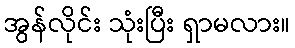
အွန်လိုင်း သုံးပြီး ရှာမလား။